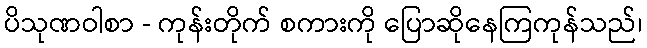
ပိသုဏဝါစာ - ကုန်းတိုက် စကားကို ပြောဆိုနေကြကုန်သည်၊